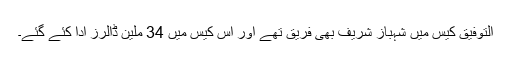
التوفیق کیس میں شہباز شریف بھی فریق تھے اور اس کیس میں 34 ملین ڈالرز ادا کئے گئے۔